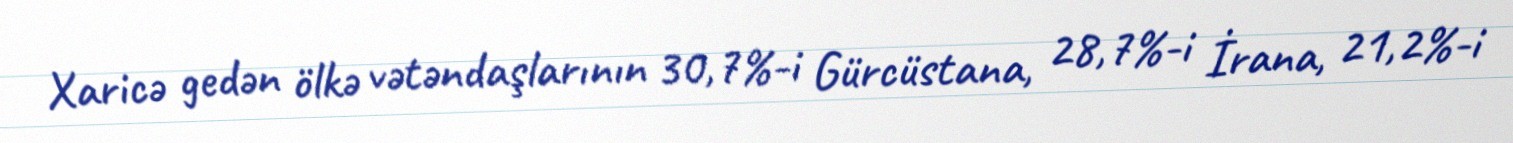
Xaricə gedən ölkə vətəndaşlarının 30,7%-i Gürcüstana, 28,7%-i İrana, 21,2%-i